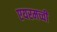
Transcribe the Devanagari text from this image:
एयरमच्ची